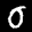
Label: 0